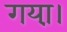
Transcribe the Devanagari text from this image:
गया़।